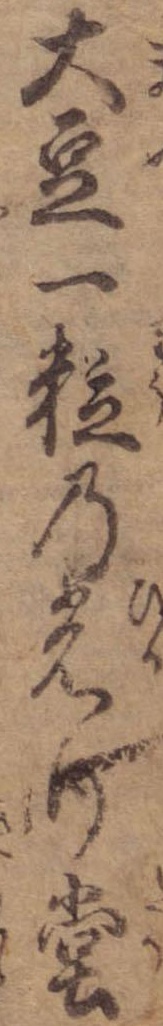
大豆一粒の光り堂